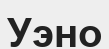
Уэно